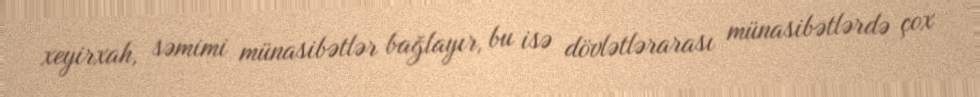
xeyirxah, səmimi münasibətlər bağlayır, bu isə dövlətlərarası münasibətlərdə çox